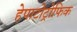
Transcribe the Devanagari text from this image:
हेपाटोट्रोफिक